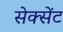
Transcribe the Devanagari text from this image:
सेक्सेंट